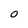
Character: O